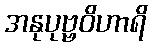
အနုပုဗ္ဗဝိဟာရိ